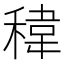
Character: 稦